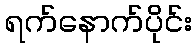
ရက်နောက်ပိုင်း